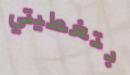
بتغطيتي